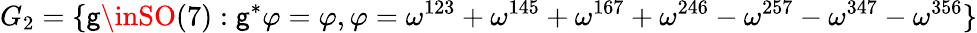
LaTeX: G_{2}=\{ \mathsf{g}\inSO(7):\mathsf{g}^{*}\varphi=\varphi,\varphi=\omega^{123}+\omega^{145}+\omega^{167}+\omega^{246}-\omega^{257}-\omega^{347}-\omega^{356}\}